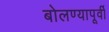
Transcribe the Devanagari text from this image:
बोलण्यापूर्वी